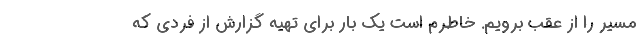
مسیر را از عقب برویم. خاطرم است یک بار برای تهیه گزارش از فردی که